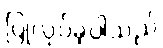
ပြုလုပ်ခဲ့ပါသည်